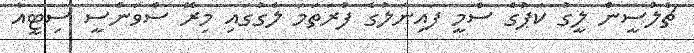
ޗެލްސީން ލީގު ކަޕުގެ ސެމީ ފައިނަލުގެ ފުރަތަމަ ލެގުގައި މިރޭ ސްވަންސީ ސިޓީއާ